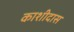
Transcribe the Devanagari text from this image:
काशीदास